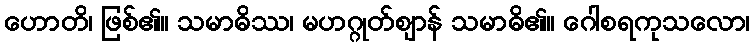
ဟောတိ၊ ဖြစ်၏။ သမာဓိဿ၊ မဟဂ္ဂုတ်ဈာန် သမာဓိ၏။ ဂေါစရကုသလော၊